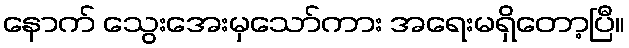
နောက် သွေးအေးမှသော်ကား အရေးမရှိတော့ပြီ။